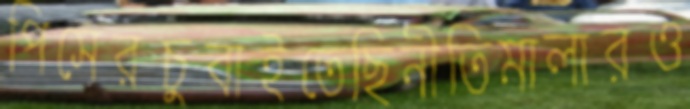
পিসেরচুবাইতেছিনীতিমালারও